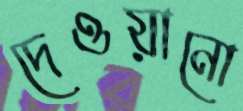
দেওয়ানো